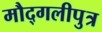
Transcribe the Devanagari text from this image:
मौद्गलीपुत्र